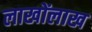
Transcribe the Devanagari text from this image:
लाखोंलाख